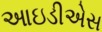
આઇડીએસ